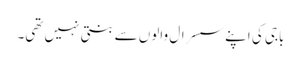
باجی کی اپنے سسرال والوں سے بنتی نہیں تھی۔